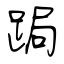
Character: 跼